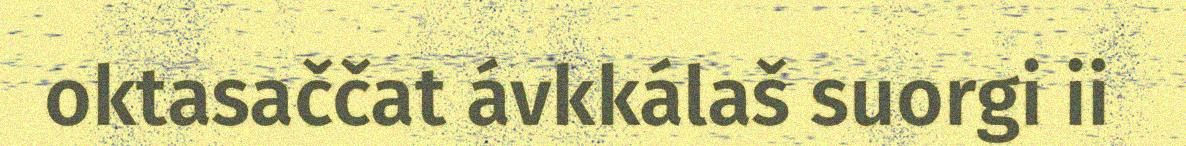
oktasaččat ávkkálaš suorgi ii